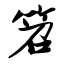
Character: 笤